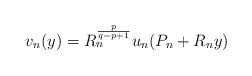
LaTeX: \begin{align*}v_n(y)=R_n^{\frac{p}{q-p+1}} u_n(P_n+R_n y)\end{align*}